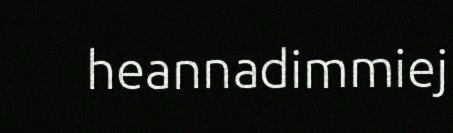
heannadimmiej